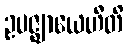
ဥပဇ္ဈာယေဟီတိ